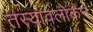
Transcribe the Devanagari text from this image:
तस्यावलोकनं